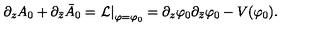
\partial _ { z } A _ { 0 } + \partial _ { \bar { z } } \bar { A } _ { 0 } = \left. { \cal L } \right| _ { \varphi = \varphi _ { 0 } } = \partial _ { z } \varphi _ { 0 } \partial _ { \bar { z } } \varphi _ { 0 } - V ( \varphi _ { 0 } ) .